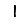
Digit: 1